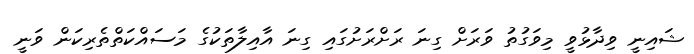
ޝައިނީ ވިދާޅުވީ މިވަގުތު ވަރަށް ގިނަ ރަށްރަށުގައި ގިނަ އާއިލާތަކުގެ މަސައްކަތްތެރިކަން ވަނީ